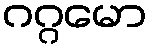
ဂဂ္ဂမော